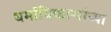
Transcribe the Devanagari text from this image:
धर्माधिकाऱ्यांच्या